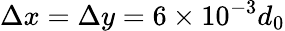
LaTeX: \Delta x=\Delta y=6\times 10^{-3}d_{0}